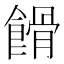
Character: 餶